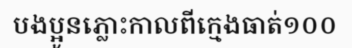
បងប្អូនភ្លោះកាលពីក្មេងធាត់១០០